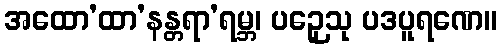
အထော’ထာ’နန္တရာ’ရမ္ဘ၊ ပဉှေသု ပဒပူရဏေ။